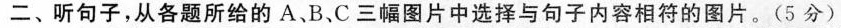
二、听句子，从各题所给的A、B、C三幅图片中选择与句子内容相符的图片。(5分)